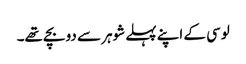
لوسی کے اپنے پہلے شوہر سے دو بچے تھے۔